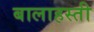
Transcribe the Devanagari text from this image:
बालाहस्ती